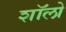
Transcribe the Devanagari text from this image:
शॉलो